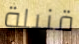
قنبلة